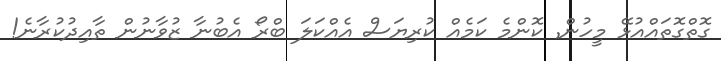
ގޮތްގޮތައްއުޅޭ މީހުން